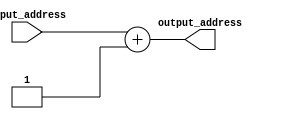
`timescale 1ns / 1ps
//////////////////////////////////////////////////////////////////////////////////
// Company: 
// Engineer: 
// 
// Design Name: 
// Module Name: pc_adder
// Project Name: 
// Target Devices: 
// Tool Versions: 
// Description: 
// 
// Dependencies: 
// 
// Revision:
// Revision 0.01 - File Created
// Additional Comments:
// 
//////////////////////////////////////////////////////////////////////////////////


module pc_adder(
    input [7:0] input_address,
    output [7:0] output_address
    );

assign output_address = input_address + 8'd1;

endmodule